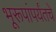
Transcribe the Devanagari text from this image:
भूरूपांपर्यंतचे